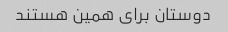
دوستان برای همین هستند